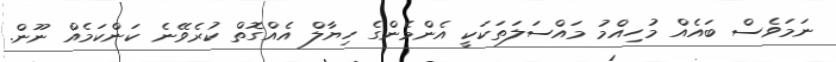
ނަމަވެސް ބައެއް މުހިއްމު މައްސަލަތަކަކީ އެންމެންގެ ހިޔާލް އެއްގޮތް ކުރެވޭނެ ކަންކަމެއް ނޫން.